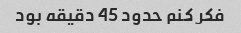
فکر کنم حدود 45 دقیقه بود